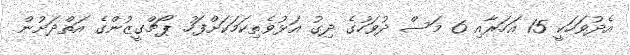
އެދުވަހަކީ 15 އަހަރާއި 6 މަސް ދުވަހުގެ ދިގު އަޅުވެތިކަމަކަށްފަހު ޕޯޗްގީޒުންގެ އަތްދަށުން